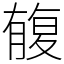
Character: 㬼